Document type: Grant
Year: 1445
Scribe: Antoni Gomar
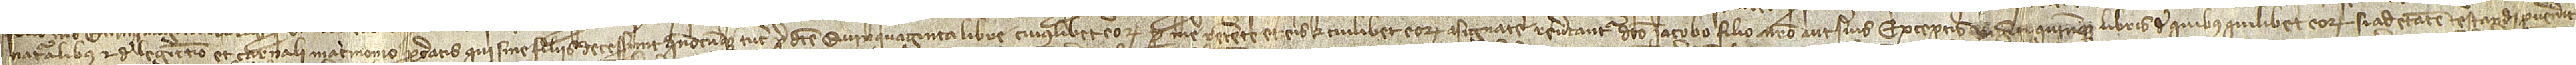
naturalibus et de legittimo et carnali matrimonio procreatis qui sine filiis decesserint quocumque, tunc predicte quinquaginta libre cuiuslibet eorum per me retente et eis et cuilibet eorum asignate revertantur dicto Iacobo, filio nostro, aut suis, exceptis viginti quinque libris de quibus quilibet eorum, si ad etatem testandi pervenerit,